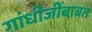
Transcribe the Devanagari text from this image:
गांधीजींबाबत